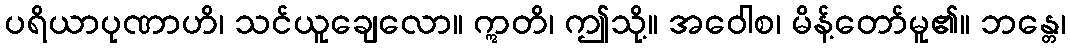
ပရိယာပုဏာဟိ၊ သင်ယူချေလော။ ဣတိ၊ ဤသို့။ အဝေါစ၊ မိန့်တော်မူ၏။ ဘန္တေ၊